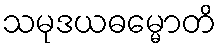
သမုဒယဓမ္မောတိ